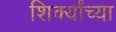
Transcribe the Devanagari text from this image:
शिर्क्यांच्या